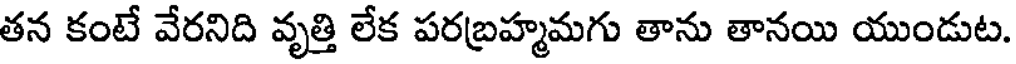
తన కంటే వేరనిది వృత్తి లేక పరబ్రహ్మమగు తాను తానయి యుండుట.